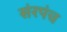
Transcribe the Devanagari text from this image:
संरपंच